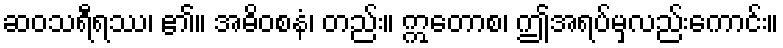
ဆဝသရီရဿ၊ ၏။ အဓိဝစနံ၊ တည်း။ ဣတောစ၊ ဤအရပ်မှလည်းကောင်း။